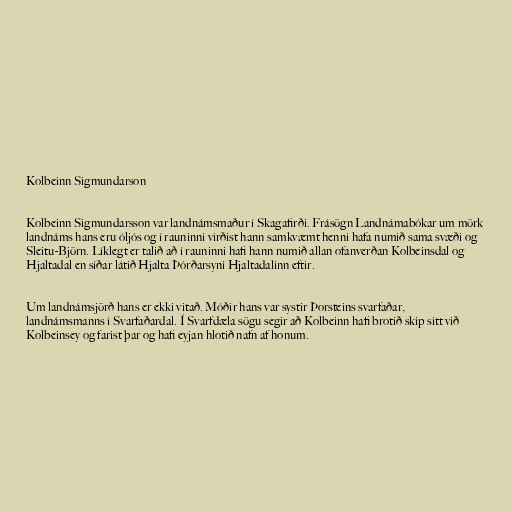
Kolbeinn Sigmundarson

Kolbeinn Sigmundarsson var landnámsmaður í Skagafirði. Frásögn Landnámabókar um mörk
landnáms hans eru óljós og í rauninni virðist hann samkvæmt henni hafa numið sama svæði og
Sleitu-Björn. Líklegt er talið að í rauninni hafi hann numið allan ofanverðan Kolbeinsdal og
Hjaltadal en síðar látið Hjalta Þórðarsyni Hjaltadalinn eftir.

Um landnámsjörð hans er ekki vitað. Móðir hans var systir Þorsteins svarfaðar,
landnámsmanns í Svarfaðardal. Í Svarfdæla sögu segir að Kolbeinn hafi brotið skip sitt við
Kolbeinsey og farist þar og hafi eyjan hlotið nafn af honum.